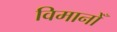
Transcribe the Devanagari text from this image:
विमानोँ